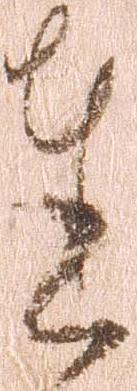
達